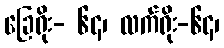
ခြေရိုး- ၆၄၊ လက်ရိုး-၆၄၊